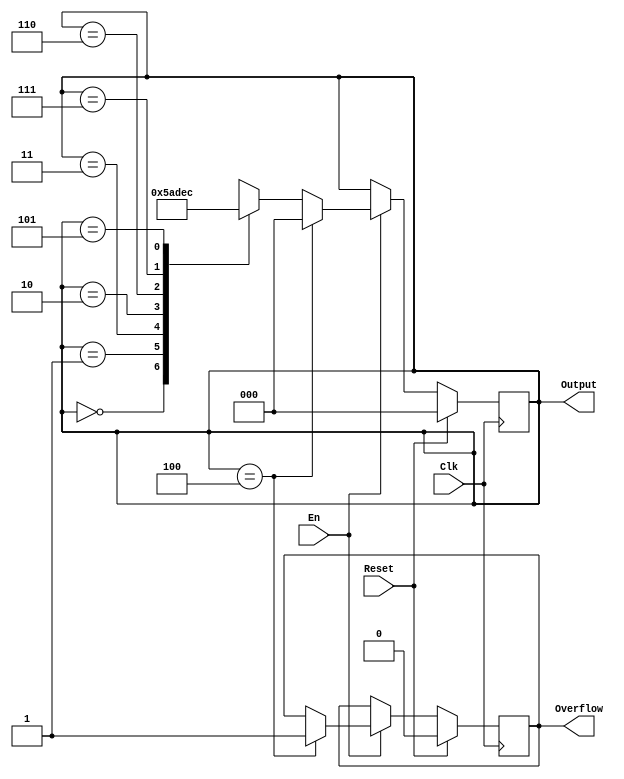
`timescale 1ns / 1ps
//////////////////////////////////////////////////////////////////////////////////
// Company: 
// Engineer: 
// 
// Design Name: 
// Module Name:    gray 
// Project Name: 
// Target Devices: 
// Tool versions: 
// Description: 
//
// Dependencies: 
//
// Revision: 
// Revision 0.01 - File Created
// Additional Comments: 
//
//////////////////////////////////////////////////////////////////////////////////
module gray(
    input Clk,
    input Reset,
    input En,
    output reg [2:0] Output,
    output reg Overflow
    );
	
	initial begin
		Output = 2'b0;
		Overflow = 2'b0;
	end
	
	always @(posedge Clk) begin
	//
		if(Reset) begin
			Output <= 0;
			Overflow <= 0;
		end
		//
		else if(En) begin
			if(Output == 3'b100) begin
				Output <= 3'b000;
				Overflow <= 'b1;
			end
			else begin
				case(Output)
					3'b000:
						Output <= 3'b001;
					3'b001:
						Output <= 3'b011;
					3'b011:
						Output <= 3'b010;
					3'b010:
						Output <= 3'b110;
					3'b110:
						Output <= 3'b111;
					3'b111:
						Output <= 3'b101;
					3'b101:
						Output <= 3'b100;
					default: Output <= 3'bx;
				endcase
			end
		end
	end




endmodule